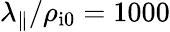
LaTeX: \lambda_{\parallel}/\rho_{\mathrm{i0}}=1000